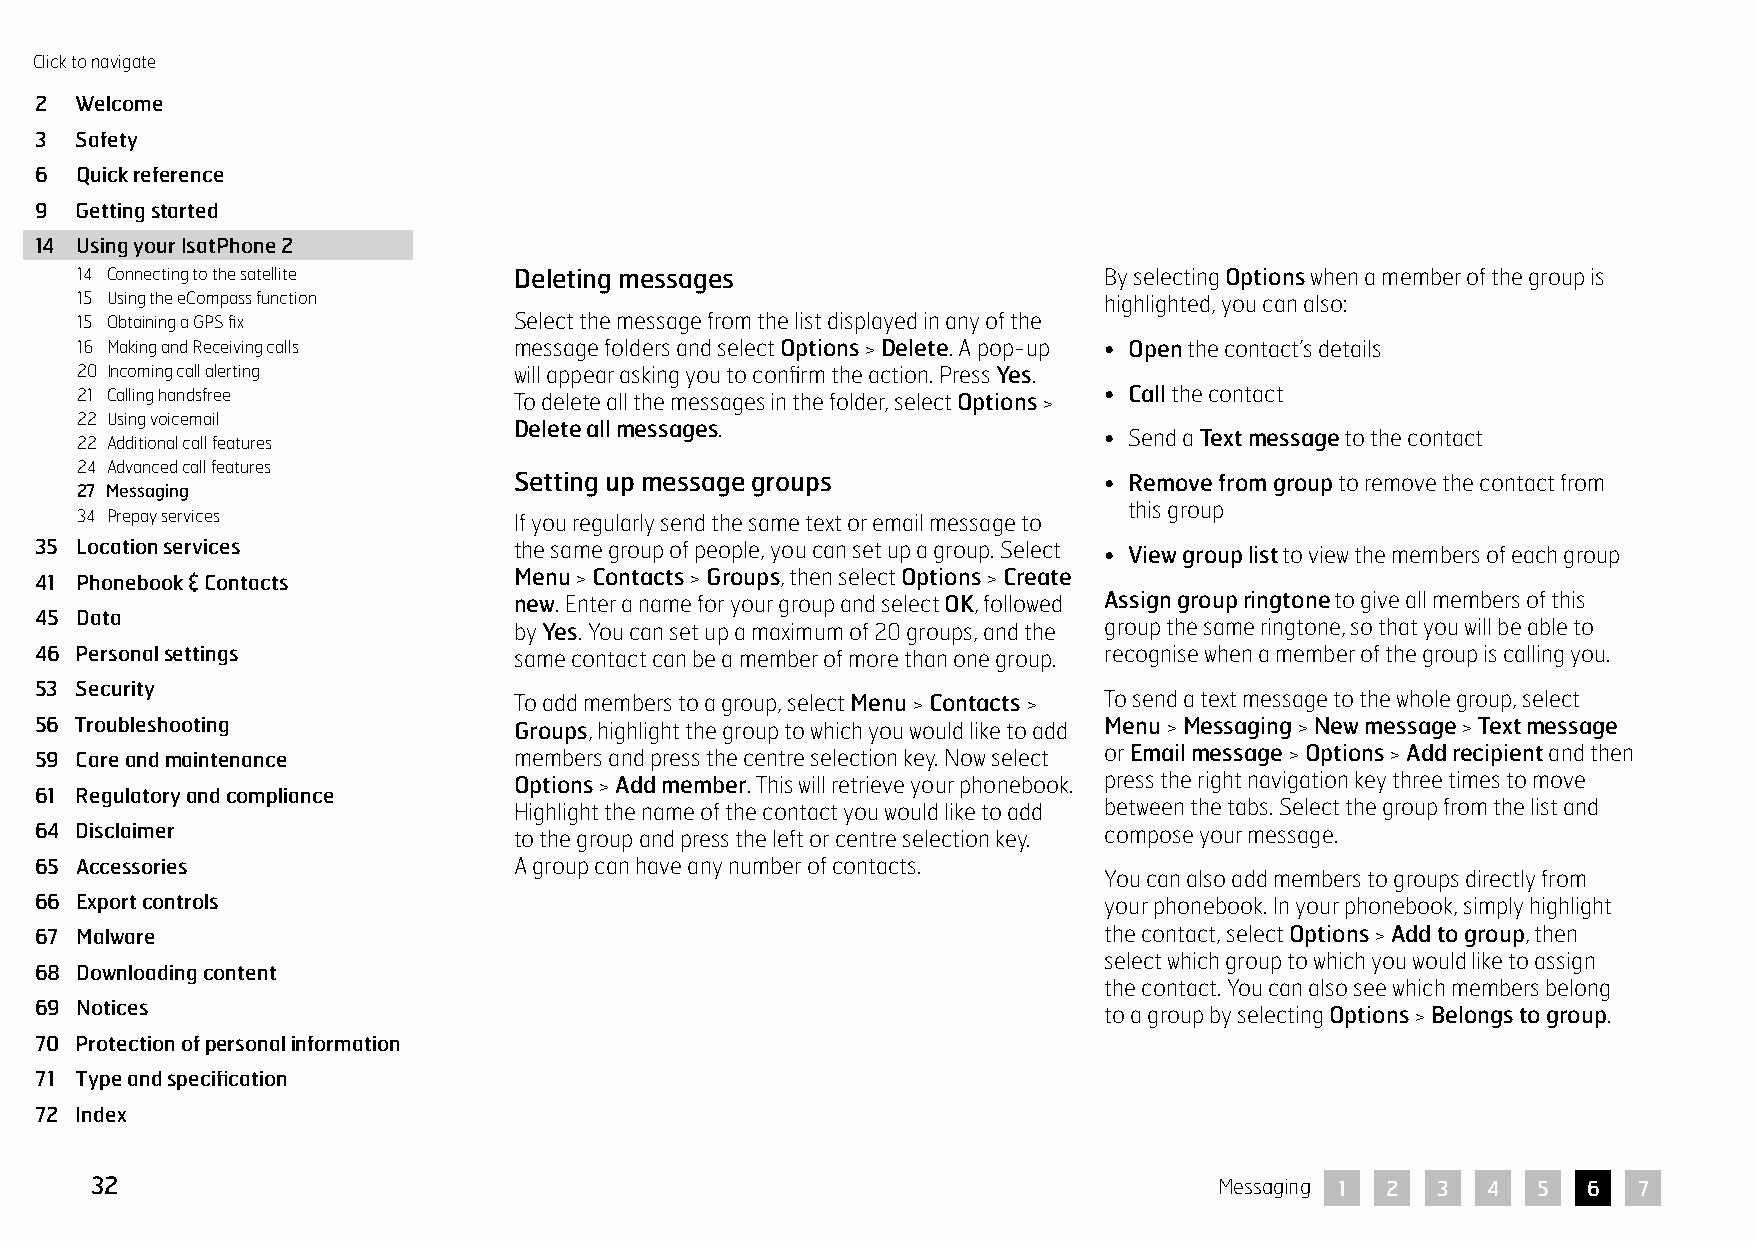
Click to navigate
 2  Welcome
 3  Safety
 6  Quick reference
 9  Getting started
 14 Using your IsatPhone 2
 14 Connecting to the satellite Deleting messages                    By selecting Options when a member of the group is
 15 Using the eCompass function                                      highlighted, you can also:
 15 Obtaining a GPS fix       Select the message from the list displayed in any of the
 16 Making and Receiving calls message folders and select Options > Delete. A pop-up • Open the contact’s details
 20 Incoming call alerting    will appear asking you to confirm the action. Press Yes.
 21 Calling handsfree         To delete all the messages in the folder, select Options > • Call the contact
 22 Using voicemail
 Delete all messages.
 • Send a Text message to the contact
 22 Additional call features
 24 Advanced call features
 Setting up message groups              • Remove from group to remove the contact from
 27 Messaging
 this group
 34 Prepay services           If you regularly send the same text or email message to
 35 Location services            the same group of people, you can set up a group. Select • View group list to view the members of each group
 41 Phonebook & Contacts         Menu > Contacts > Groups, then select Options > Create
 new. Enter a name for your group and select OK, followed Assign group ringtone to give all members of this
 45 Data
 by Yes. You can set up a maximum of 20 groups, and the group the same ringtone, so that you will be able to
 46 Personal settings            same contact can be a member of more than one group. recognise when a member of the group is calling you.
 53 Security
 To add members to a group, select Menu > Contacts > To send a text message to the whole group, select
 56 Troubleshooting              Groups, highlight the group to which you would like to add Menu > Messaging > New message > Text message
 59 Care and maintenance         members and press the centre selection key. Now select or Email message > Options > Add recipient and then
 Options > Add member. This will retrieve your phonebook. press the right navigation key three times to move
 61 Regulatory and compliance
 Highlight the name of the contact you would like to add between the tabs. Select the group from the list and
 64 Disclaimer                   to the group and press the left or centre selection key. compose your message.
 65 Accessories                  A group can have any number of contacts.
 You can also add members to groups directly from
 66 Export controls                                                     your phonebook. In your phonebook, simply highlight
 67 Malware                                                             the contact, select Options > Add to group, then
 select which group to which you would like to assign
 68 Downloading content
 the contact. You can also see which members belong
 69 Notices                                                             to a group by selecting Options > Belongs to group.
 70 Protection of personal information
 71 Type and specification
 72 Index
 32                                                                         Messaging 1 2 3  4   5  6  7